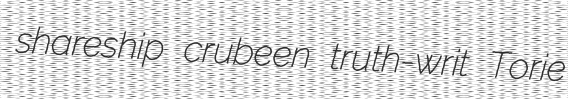
shareship crubeen truth-writ Torie